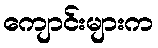
ကျောင်းများက